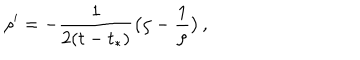
\rho ^ { \prime } = - \frac { 1 } { 2 ( t - t _ { * } ) } \bigl ( \rho - \frac 1 \rho \bigr ) \, ,